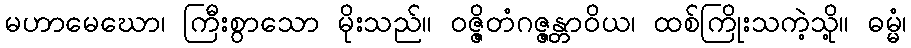
မဟာမေဃော၊ ကြီးစွာသော မိုးသည်။ ဝဇ္ဇိတံဂဇ္ဇန္တာဝိယ၊ ထစ်ကြိုးသကဲ့သို့။ ဓမ္မံ၊